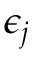
\epsilon _ { j }